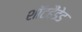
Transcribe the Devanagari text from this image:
शॉटहैंडेड